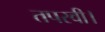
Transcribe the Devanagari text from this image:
तपस्वी।